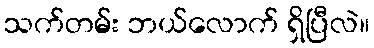
သက်တမ်း ဘယ်လောက် ရှိပြီလဲ။